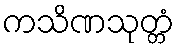
ကသိဏသုတ္တံ